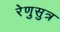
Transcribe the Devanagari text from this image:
रेणुसुत्र